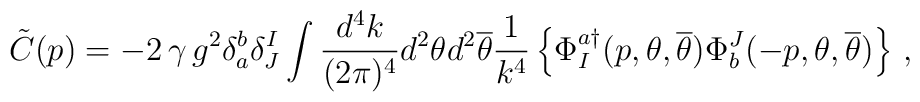
\tilde{C}(p) =-2 \, \gamma \, g^{2}\delta_{a}^{b}\delta_{J}^{I} 	\int \frac{d^{4}k}{(2\pi)^{4}} d^{2}\theta d^{2}{\overline\theta}	\frac{1}{k^{4}} \left\{ \Phi^{a\dagger}_{I}(p,\theta,	{\overline \theta}){\Phi}_{b}^{J}(-p,\theta,{\overline \theta}) 	\right\} \, ,